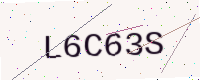
Text: L6C63S